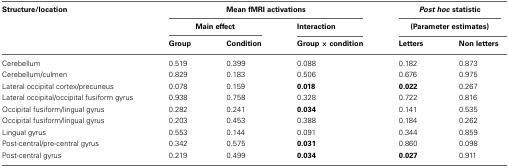
<table><thead><tr><td><b>Structure/location</b></td><td colspan="3"><b>Mean fMRI activations</b></td><td colspan="2"><b><i>Post hoc</i> statistic</b></td></tr><tr><td></td><td colspan="2"><b>Main effect</b></td><td><b>Interaction</b></td><td colspan="2"><b>(Parameter estimates)</b></td></tr><tr><td></td><td><b>Group</b></td><td><b>Condition</b></td><td><b>Group × condition</b></td><td><b>Letters</b></td><td><b>Non letters</b></td></tr></thead><tbody><tr><td>Cerebellum</td><td>0.519</td><td>0.399</td><td>0.088</td><td>0.182</td><td>0.873</td></tr><tr><td>Cerebellum/culmen</td><td>0.829</td><td>0.183</td><td>0.506</td><td>0.676</td><td>0.975</td></tr><tr><td>Lateral occipital cortex/precuneus</td><td>0.078</td><td>0.159</td><td><b>0.018</b></td><td><b>0.022</b></td><td>0.267</td></tr><tr><td>Lateral occipital/occipital fusiform gyrus</td><td>0.938</td><td>0.758</td><td>0.328</td><td>0.722</td><td>0.816</td></tr><tr><td>Occipital fusiform/lingual gyrus</td><td>0.282</td><td>0.241</td><td><b>0.034</b></td><td>0.141</td><td>0.535</td></tr><tr><td>Occipital fusiform/lingual gyrus</td><td>0.203</td><td>0.453</td><td>0.388</td><td>0.184</td><td>0.262</td></tr><tr><td>Lingual gyrus</td><td>0.553</td><td>0.144</td><td>0.091</td><td>0.344</td><td>0.859</td></tr><tr><td>Post-central/pre-central gyrus</td><td>0.342</td><td>0.575</td><td><b>0.031</b></td><td>0.860</td><td>0.098</td></tr><tr><td>Post-central gyrus</td><td>0.219</td><td>0.499</td><td><b>0.034</b></td><td><b>0.027</b></td><td>0.911</td></tr></tbody></table>